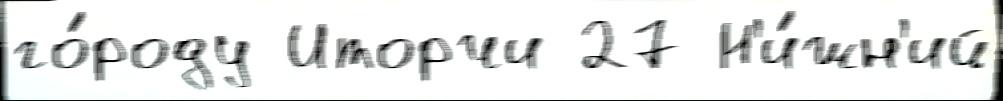
го́роду Иторчи 27 Н'и́жн'ий